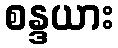
စန္ဒယား